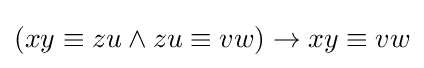
(xy\equiv zu\land zu\equiv vw)\rightarrow xy\equiv vw